Scottish Leaving Certificate Examination, 1961
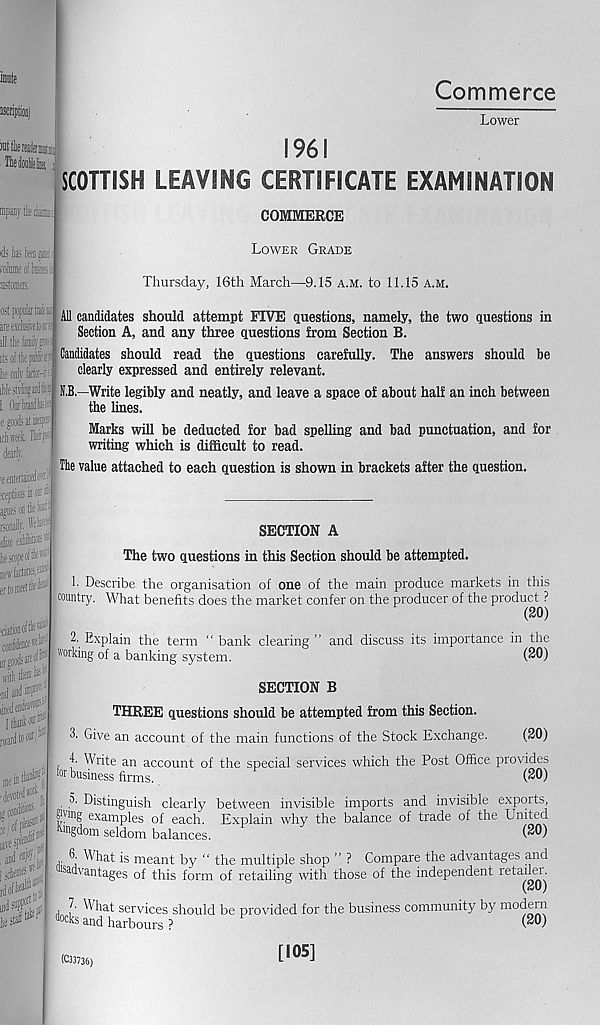
Commerce
ids hs tan p:
i' olume of taa:-.
ffitomeis.
ost popular lute
areexdiwei«£
all tliefaij'p-
itsoftlepiis:
k only fatk-K
tUesiylinjaiiJfe
1. Onrtailliiite
i e goods at kip
iclaiiwt.
: dearly.
;e entertained*
Lower
1961
SCOTTISH LEAVING CERTIFICATE EXAMINATION
COMMERCE
Lower Grade
Thursday, 16th March—9.15 a.m. to 11.15 a.m.
All candidates should attempt FIVE questions, namely, the two questions in
Section A, and any three questions from Section B.
Candidates should read the questions carefully. The answers should be
clearly expressed and entirely relevant.
H.B.—Write legibly and neatly, and leave a space of about half an inch between
the lines.
Marks will be deducted for bad spelling and bad punctuation, and for
writing which is difficult to read.
Tlie value attached to each question is shown in brackets after the question.
SECTION A
The two questions in this Section should be attempted.
1. Describe the organisation of one of the main produce markets in this
country. What benefits does the market confer on the producer of the product ?
(20)
2. Explain the term “ bank clearing ” and discuss its importance in the
working of a banking system.
(^0)
SECTION B
THREE questions should be attempted from this Section.
3. Give an account of the main functions of the Stock Exchange.
(20)
4. Write an account of the special services which the Post Office provides
tor business firms.
(20)
. 3. Distinguish clearly between invisible imports and invisible exports,
8J V! ng examples of each. Explain why the balance of trade of the United
■ngdoin seldom balances.
(^®)
• What is meant by “ the multiple shop
Vantages of this form of retailing with i
oy me mumpre snop r Compare the advantages and
form of retailing with those of the independent retailer.
I What services should be provided for the business community by modern
doc ks and harbours ?
( 20 )
(C33736)
[105]